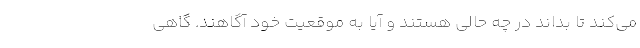
می‌کند تا بداند در چه حالی هستند و آیا به موقعیت خود آگاهند. گاهی